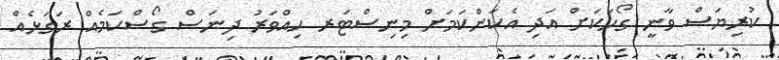
ކުރިޔަސް ވާނީ ގޯހަކަށް އަދި އެކަންކަމަށް މިނިސްޓަރ ހިއްވަރު ދިނަސް ގޯސްކަމެއް ރަގަޅެއް